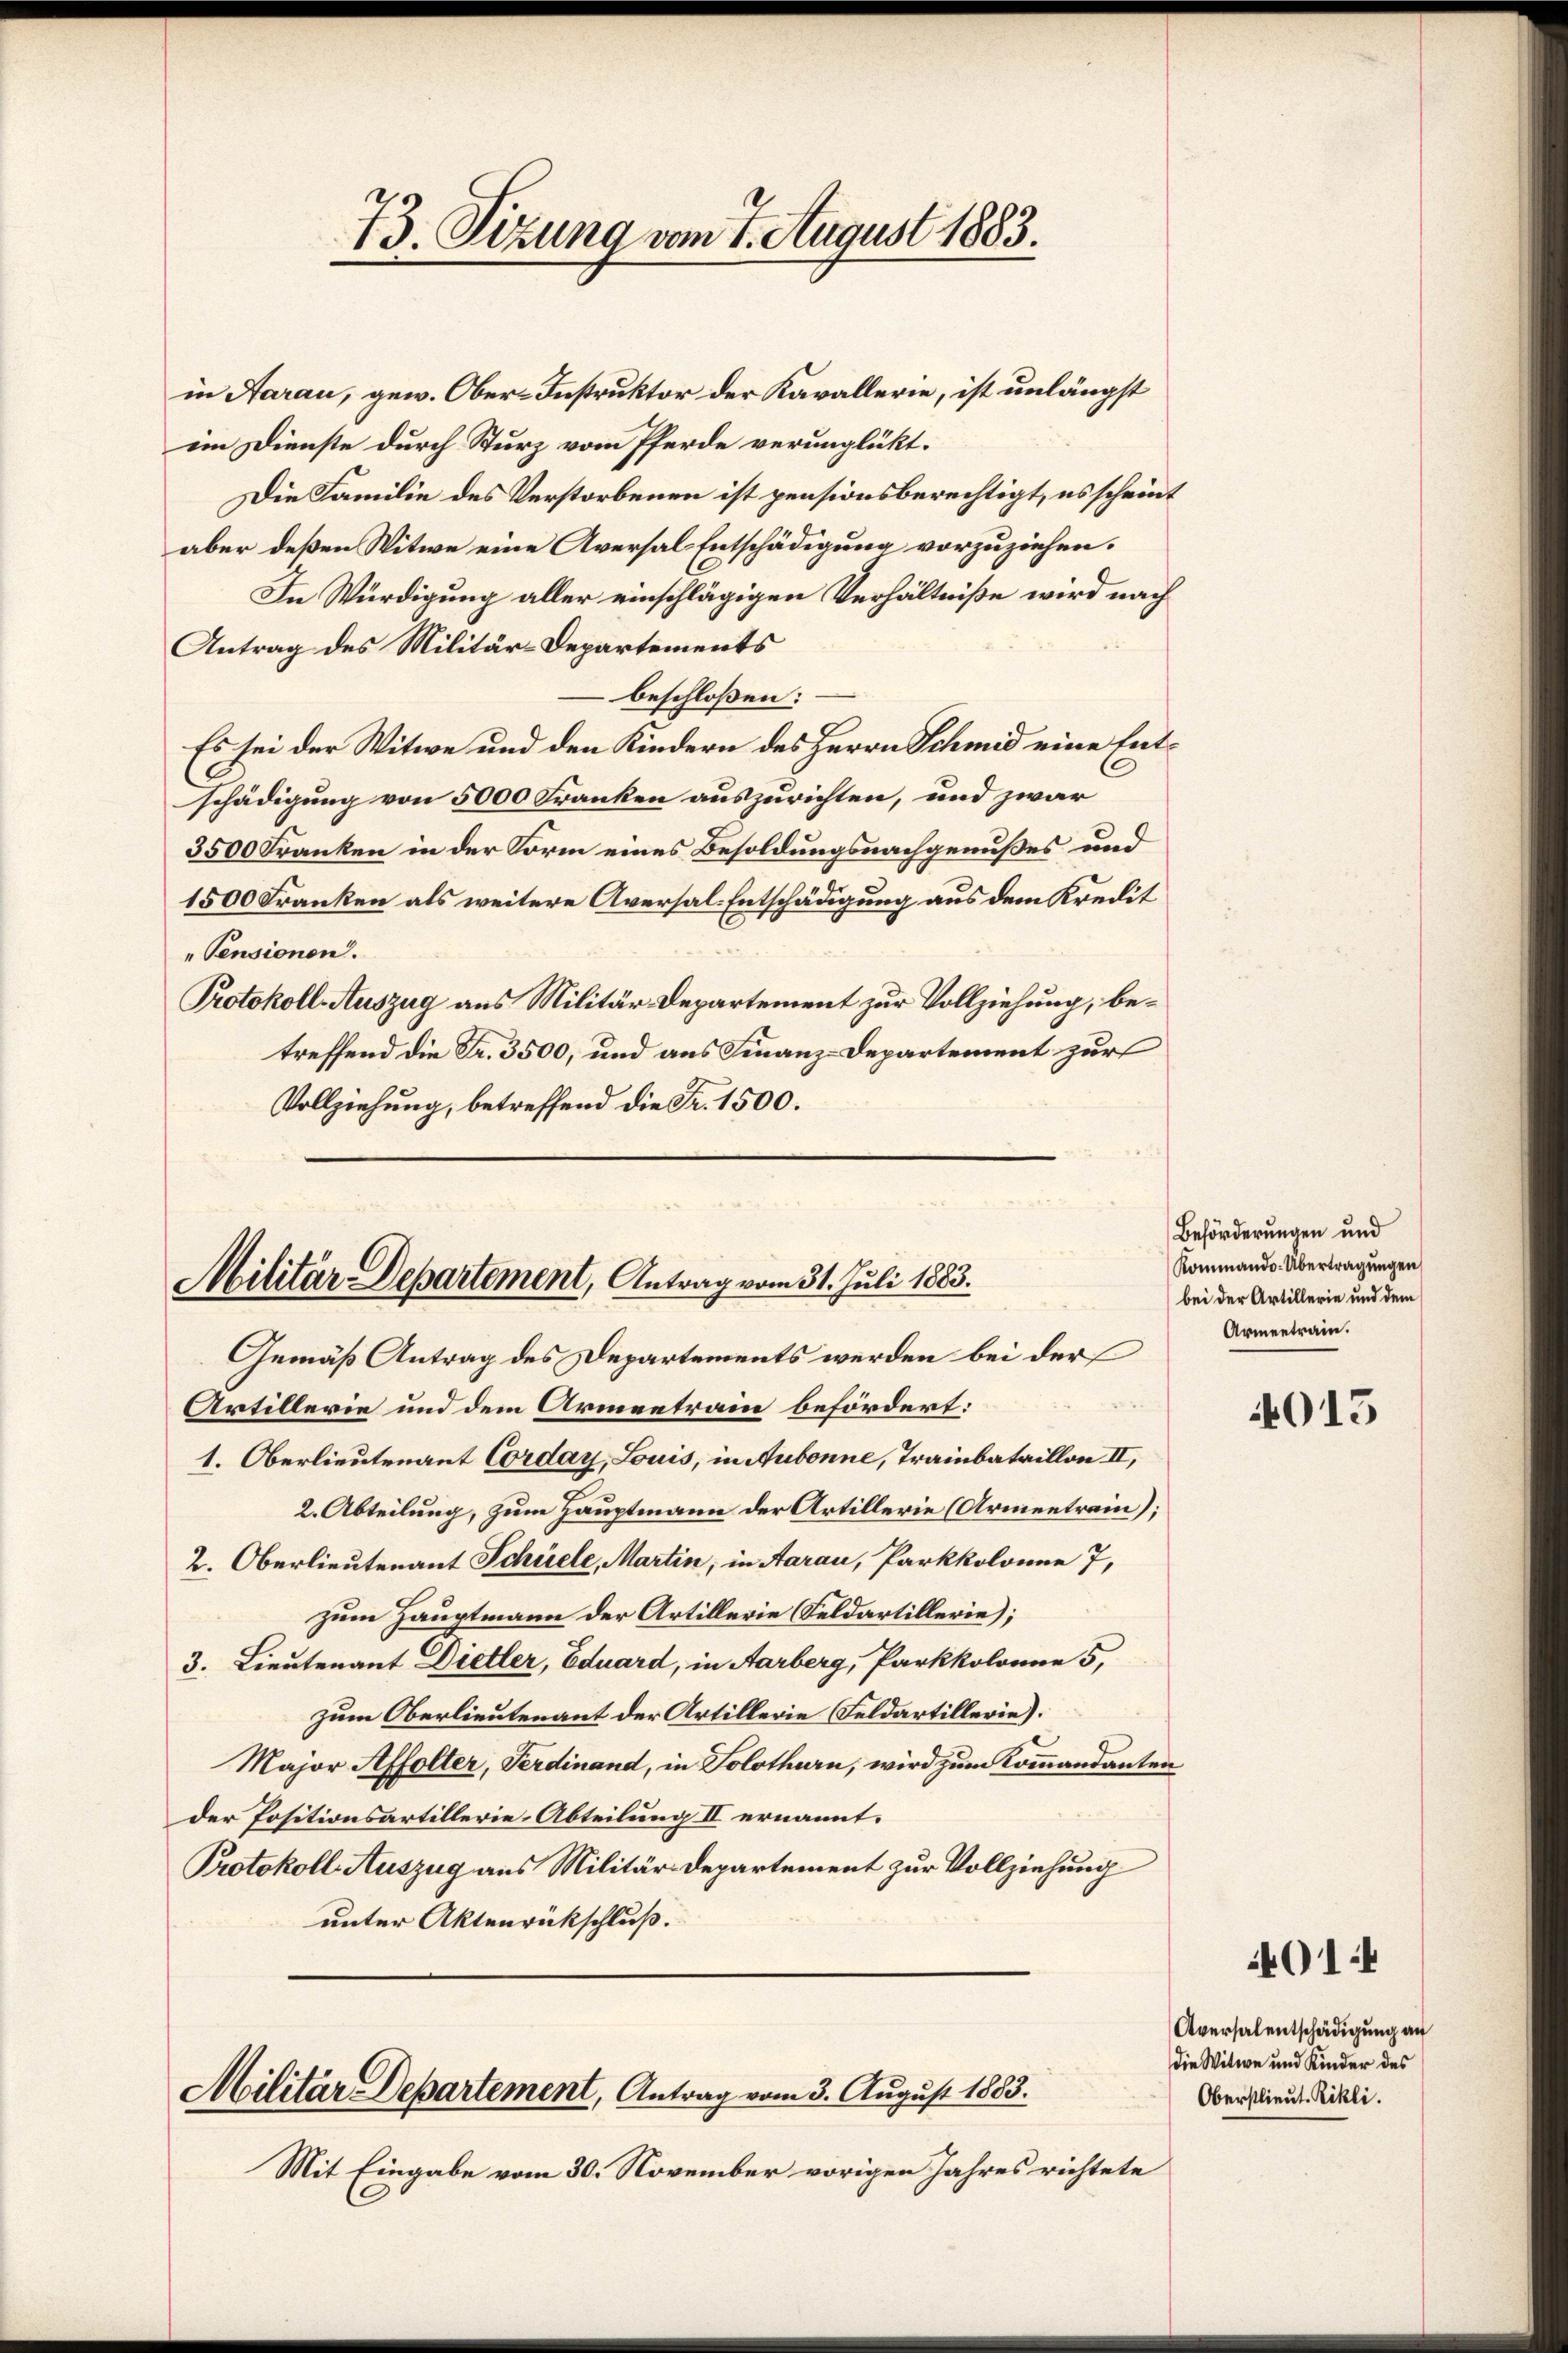
73. Sizung vom 7. August 1883.

Militär-Departement, Antrag vom 31. Juli 1883.
Gemäß Antrag des Departements werden bei der

Militär-Departement, Antrag vom 3. August 1883.

in Aarau, gew. Ober-Instruktor der Kavallerie, ist unlängst
im Dienste durch Sturz vom Pferde verunglükt.
Die Familie des Verstorbenen ist pensionsberechtigt, es scheint
aber deßen Witwe eine Aversal-Entschädigung vorzuziehen.
In Würdigung aller einschlägigen Verhältniße wird nach
Antrag des Militär-Departements
beschloßen:
Es sei der Witwe und den Kindern des Herrn Schmid eine Entschädigung von 5000 Franken auszurichten, und zwar
3500 Franken in der Form eines Besoldungsnachgenußes und
1500 Franken als weitere Aversal-Entschädigung aus dem Kredit
"Pensionen.
Protokoll Auszug aus Militär-Departement zur Vollziehung, betreffend die Fr. 3500, und aus Finanz-Departement zur
Vollziehung, betreffend die Fr. 1500.

Mit Eingabe vom 30. November vorigen Jahres richtete

Artillerie und dem Armeetrain befördert:
1. Oberlieutenant Corday, Louis, in Aubonne, Trainbataillon III,
2. Abteilung, zum Hauptmann der Artillerie (Armentrain);
2. Oberlieutenant Schüele, Martin, in Aarau, Parkkolonne 7,
zum Hauptmann der Artillerie (Feldartillerie);
3. Lieutenant Dietler, Eduard, in Aarberg, Parkkolonne 5,
zum Oberlieutenant der Artillerie (Feldartillerie).
Major Affolter, Ferdinand, in Solothurn, wird zum Kommandanten
der Positionsartillerie-Abteilung II ernannt.
Protokoll Auszug aus Militär-Departement zur Vollziehung
unter Aktenrückschluß.

Beförderungen und
Kommando-Übertragungen
bei der Artillerie und dem
Armentrain.

4015

Aversalentschädigung an
die Witwe und Kinder des
Oberstlieut. Rikli.

014